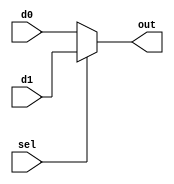
module mux2to1(d0, d1, sel, out); 
input d0, d1, sel;
output out;
assign out= (sel)? d1 : d0;
endmodule